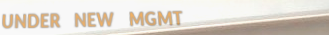
UNDER NEW MGMT